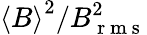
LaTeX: \left\langle{B}\right\rangle^{2}/B_{\mathrm{~r~m~s~}}^{2}